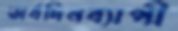
অর্ধদিনব্যাপী